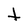
Character: t